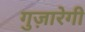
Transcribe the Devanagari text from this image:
गुज़ारेगी